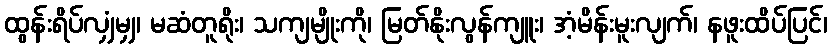
ထွန်းရိပ်လျှံမျှ၊ မဆံတူရိုး၊ သကျမျိုးကို၊ မြတ်နိုးလွန်ကျူး၊ အံ့မိန်းမူးလျက်၊ နဖူးထိပ်ပြင်၊